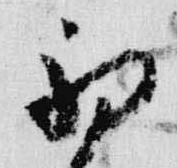
初